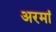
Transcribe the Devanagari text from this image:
अरमां